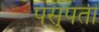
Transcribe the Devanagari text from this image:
पसुपती